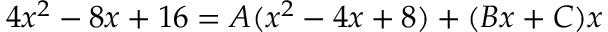
4 x ^ { 2 } - 8 x + 1 6 = A ( x ^ { 2 } - 4 x + 8 ) + ( B x + C ) x